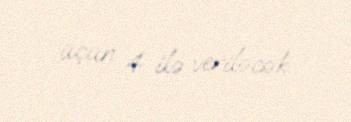
üçün 4 ilə veriləcək.